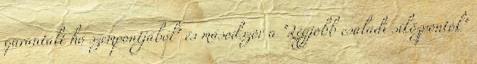
garantált hó szempontjából" és másodszor a "Legjobb családi síközpontok"